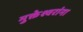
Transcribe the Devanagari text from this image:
मुक्तेश्वरांना